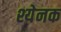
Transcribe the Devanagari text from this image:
श्येनक